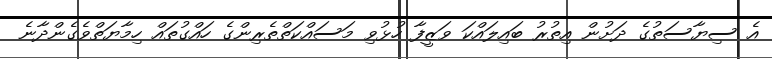
އެ ސިޔާސަތުގެ ދަށުން އިތުރު ބައިލައްކަ ވަޒީފާ ހުޅުވި މަސައްކަތްތެރިންގެ ހައްގުތައް ހިމާޔަތްވެގެންދާނެ